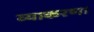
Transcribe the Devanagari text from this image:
व्याकरण।